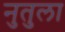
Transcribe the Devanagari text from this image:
नुतुला